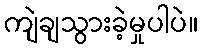
ကျဲချသွားခဲ့မှုပါပဲ။